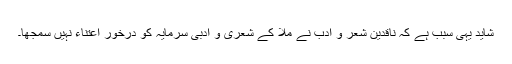
شاید یہی سبب ہے کہ ناقدین شعر و ادب نے ملّا کے شعری و ادبی سرمایہ کو درخورِ اعتناء نہیں سمجھا۔